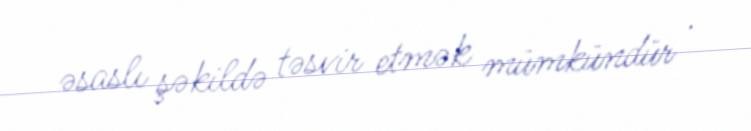
əsaslı şəkildə təsvir etmək mümkündür .